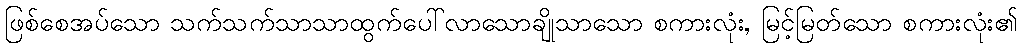
ဖြစ်စေအပ်သော သက်သက်သာသာထွက်ပေါ်လာသောချိုသာသော စကားလုံး, မြင့်မြတ်သော စကားလုံး၏